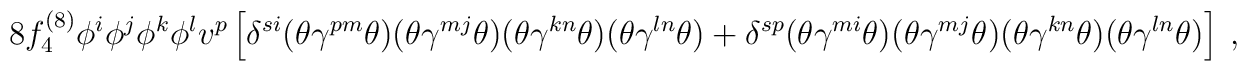
8 f^{(8)}_4 \phi^i \phi^j \phi^k \phi^l v^p 	\left[            \delta^{si} (\theta \gamma^{pm} \theta) 		(\theta \gamma^{mj} \theta)		(\theta \gamma^{kn} \theta)		(\theta \gamma^{ln} \theta)	  + \delta^{sp} (\theta \gamma^{mi} \theta)		(\theta \gamma^{mj} \theta)		(\theta \gamma^{kn} \theta)		(\theta \gamma^{ln} \theta)	\right]  ~,